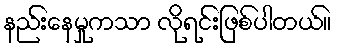
နည်းနေမှုကသာ လိုရင်းဖြစ်ပါတယ်။